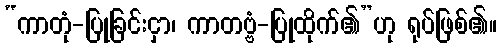
“ကာတုံ-ပြုခြင်းငှာ၊ ကာတဗ္ဗံ-ပြုထိုက်၏”ဟု ရုပ်ဖြစ်၏။